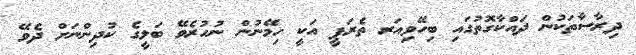
ދިރާސާތަކުން ދައްކާގޮތުގައި ބިހޭވިއަރ ތެރަޕީ އަކީ ހިމޭނުން ނުހުރެވޭ ބަލީގެ ކުދިންނަށް ދެވޭ